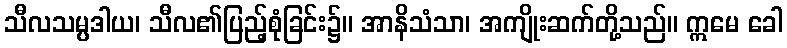
သီလသမ္ပဒါယ၊ သီလ၏ပြည့်စုံခြင်း၌။ အာနိသံသာ၊ အကျိုးဆက်တို့သည်။ ဣမေ ခေါ